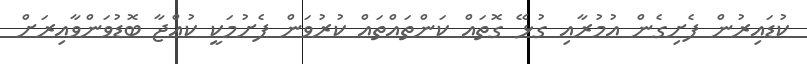
ކުޑައިރުން ފެށިގެން އުމުރާއި ގުޅޭ ގޮތައް ކަންތައްތައް ކުރުވަން ފެށުމަކީ ކުއްޖާ ބޮޑުވަންވާއިރަށް